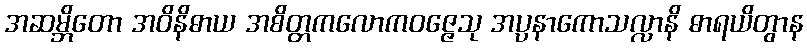
အဆမ္ဘိတော အဝိနိဓာယ အစိတ္တကလောကဝဇ္ဇေသု အပ္ပနာကောသလ္လာနိ ဓာရယိတွာန